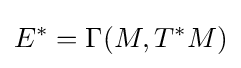
E^{*}=\Gamma (M,T^{*}M)